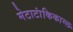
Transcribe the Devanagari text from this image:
मेटाटांकिकाम्ल